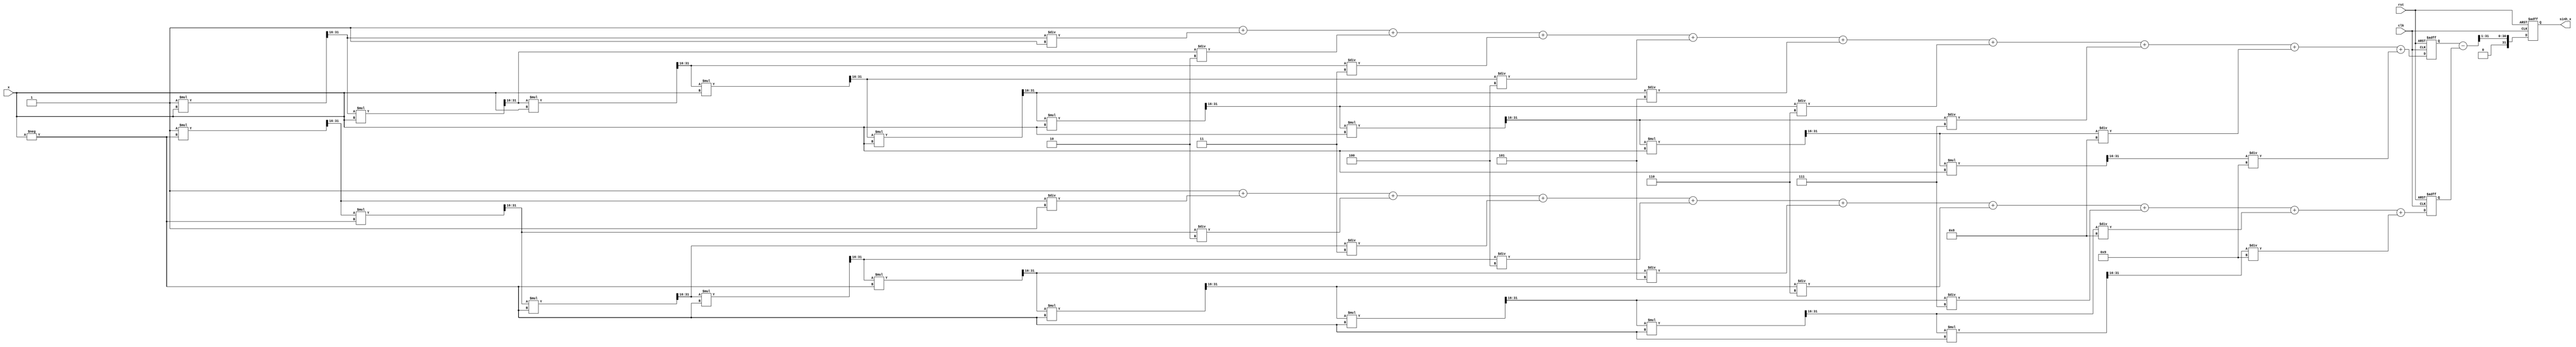
module sinh_block (
    input  wire [31:0] x,        // Input: Fixed-point representation of x
    output reg  [31:0] sinh_x,   // Output: Fixed-point representation of sinh(x)
    input  wire clk,              // Clock signal
    input  wire rst               // Reset signal
);

    // Constants for Taylor series expansion
    parameter N = 10; // Number of terms in the Taylor series
    reg [31:0] e_pos, e_neg; // Variables to hold e^x and e^-x
    reg [31:0] term; // Current term in the series
    integer i;

    // Function to calculate e^x using Taylor series
    function [31:0] exp_taylor;
        input [31:0] x;
        integer n;
        begin
            exp_taylor = 32'h00000001; // e^0 = 1
            term = 32'h00000001; // First term x^0 / 0!
            for (n = 1; n < N; n = n + 1) begin
                term = (term * x) >> 16; // Multiply by x, shift for fixed-point
                exp_taylor = exp_taylor + term / n; // Add term / n
            end
        end
    endfunction

    // Sequential logic to compute sinh(x)
    always @(posedge clk or posedge rst) begin
        if (rst) begin
            sinh_x <= 32'b0;
            e_pos <= 32'b0;
            e_neg <= 32'b0;
        end else begin
            // Calculate e^x and e^-x
            e_pos <= exp_taylor(x);
            e_neg <= exp_taylor(-x);
            
            // Compute sinh(x) = (e^x - e^-x) / 2
            sinh_x <= (e_pos - e_neg) >> 1; // Right shift for division by 2
        end
    end

endmodule